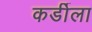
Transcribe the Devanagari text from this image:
कर्डीला